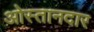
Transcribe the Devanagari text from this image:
ओस्तानदार